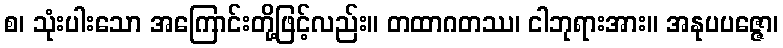
စ၊ သုံးပါးသော အကြောင်းတို့ဖြင့်လည်း။ တထာဂတဿ၊ ငါဘုရားအား။ အနုပပဇ္ဇော၊